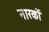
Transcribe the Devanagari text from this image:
नारकों